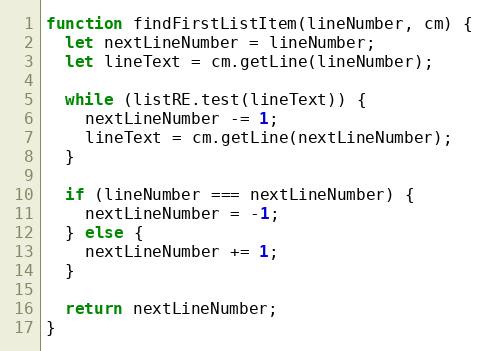
Language: JavaScript
function findFirstListItem(lineNumber, cm) {
  let nextLineNumber = lineNumber;
  let lineText = cm.getLine(lineNumber);

  while (listRE.test(lineText)) {
    nextLineNumber -= 1;
    lineText = cm.getLine(nextLineNumber);
  }

  if (lineNumber === nextLineNumber) {
    nextLineNumber = -1;
  } else {
    nextLineNumber += 1;
  }

  return nextLineNumber;
}